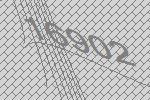
16902